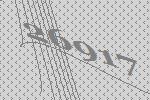
26917